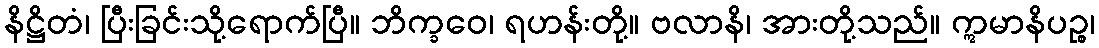
နိဋ္ဌိတံ၊ ပြီးခြင်းသို့ရောက်ပြီ။ ဘိက္ခဝေ၊ ရဟန်းတို့။ ဗလာနိ၊ အားတို့သည်။ ဣမာနိပဉ္စ၊